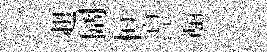
趄阔桓湼頗